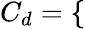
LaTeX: C_{d}=\left\{ \begin{array}{rlrl}\end{array}\right.